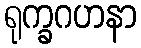
ရုက္ခဂဟနာ